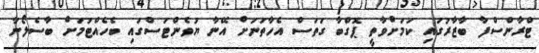
ޓްރާންސްފާ ބާޒާރުގައި ކަމަށްވާތީ ޕޮގްބާ ގަތަސް އެހާތަނަށް އޭނާ ޔުވެންޓަސްގައި ބެހެއްޓުމަށް ބާސެލޯނާ